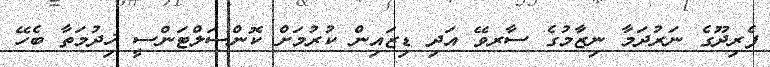
ފެރިދޫގެ ނަރުދަމާ ނިޒާމުގެ ސާރވޭ އަދި ޑިޒައިން ކުރުމަށް ކޮންސަލްޓަންސީ ޚިދުމަތާ ބެހޭ